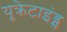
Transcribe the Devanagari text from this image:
यूक्रेटाइंड्स